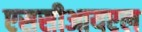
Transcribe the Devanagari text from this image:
एससीआयएल